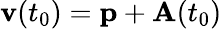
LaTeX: \textbf{v}(t_{0})=\mathbf{p}+\textbf{A}(t_{0})